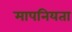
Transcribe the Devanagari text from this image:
मापनियता